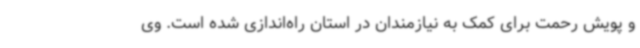
و پویش رحمت برای کمک به نیازمندان در استان راه‌اندازی شده است. وی